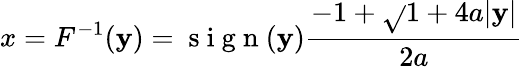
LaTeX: x=F^{-1}(\mathbf{y})=\mathrm{{~s~i~g~n~}}(\mathbf{y})\frac{{-1+\sqrt{}{{1+4a|\mathbf{y}|}}}}{{2a}}